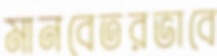
মানবেতরভাবে